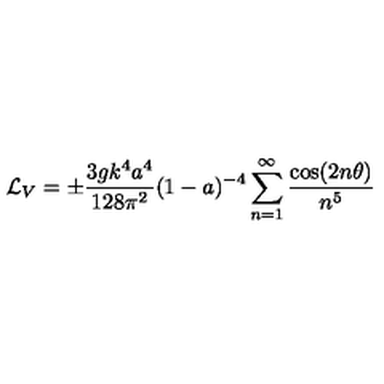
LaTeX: { \cal L } _ { V } = \pm { \frac { 3 g k ^ { 4 } a ^ { 4 } } { 1 2 8 \pi ^ { 2 } } } ( 1 - a ) ^ { - 4 } \sum _ { n = 1 } ^ { \infty } { \frac { \cos ( 2 n \theta ) } { n ^ { 5 } } }